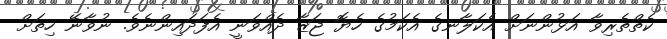
ކެތްތެެރިވާ އަޅުންނަށް އެކަލާނގެ އެކަމުގެ ހެޔޮ ޖަޒާ ދެއްވަނީ އެފަދައިންނެވެ. ނުވާނޭ ހިތަށް